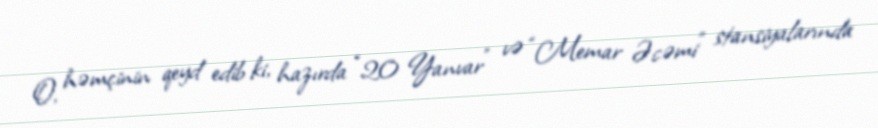
O, həmçinin qeyd edib ki, hazırda “20 Yanvar” və “Memar Əcəmi” stansiyalarında